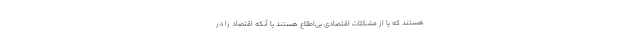
هستند که یا از مشکلات اقتصادی بی‌اطلاع هستند یا آنکه اقتصاد را در